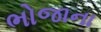
ભોજાના